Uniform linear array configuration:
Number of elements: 32
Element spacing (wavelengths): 0.25
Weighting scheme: kaiser
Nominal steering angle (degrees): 0
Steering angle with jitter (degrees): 1.812
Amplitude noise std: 0.05
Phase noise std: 0.05

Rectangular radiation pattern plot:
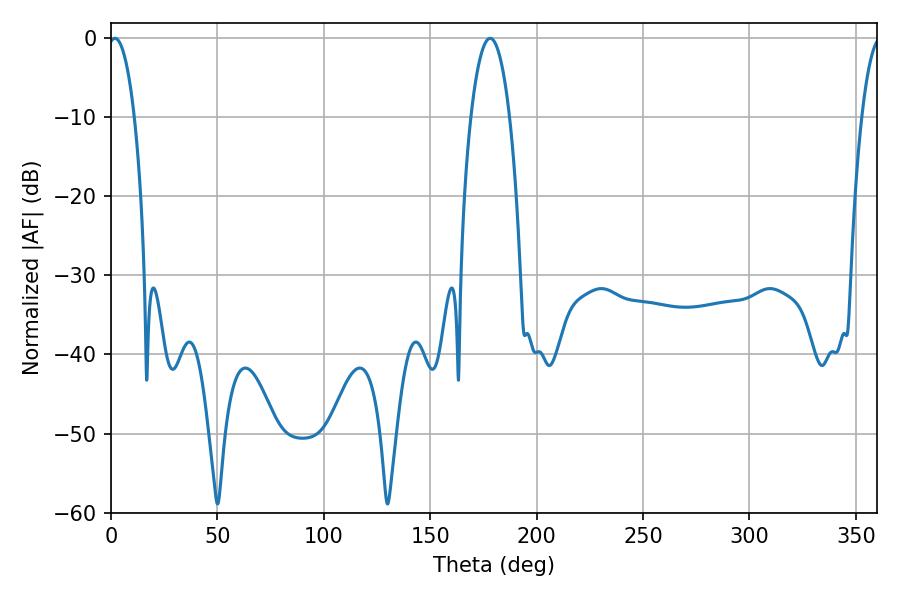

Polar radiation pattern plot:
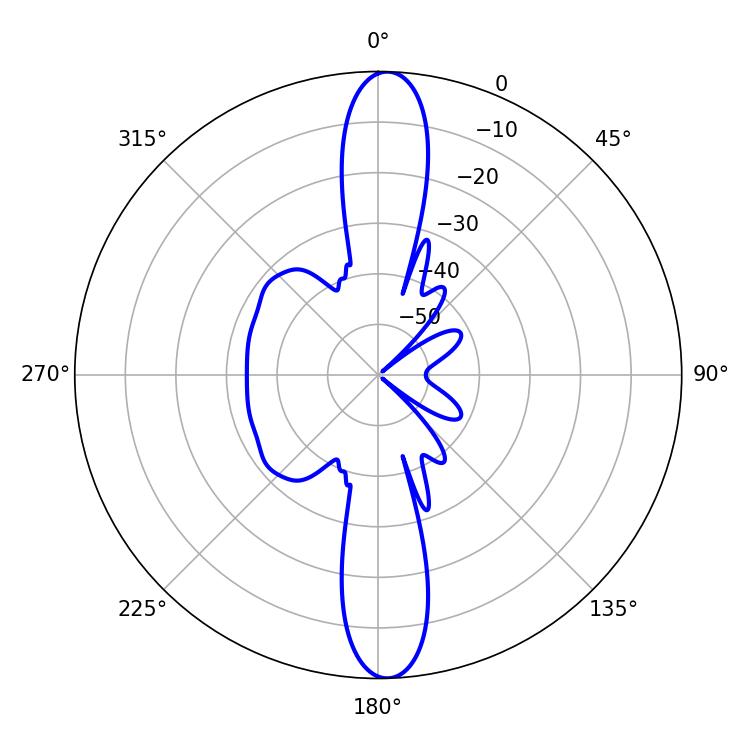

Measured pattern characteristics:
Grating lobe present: FALSE
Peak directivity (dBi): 22.483
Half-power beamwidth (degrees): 6.84
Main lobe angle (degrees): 1.8